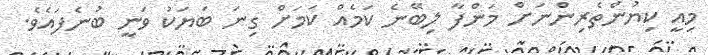
މިއީ ކިޔުންތެރިންނަށް މަންފާ ލިބޭނެ ކަމެއް ކަމަށް ގިނަ ބަޔަކު ވަނީ ބުނެފައެވެ.